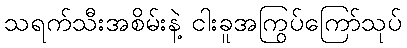
သရက်သီးအစိမ်းနဲ့ ငါးခူအကြွပ်ကြော်သုပ်